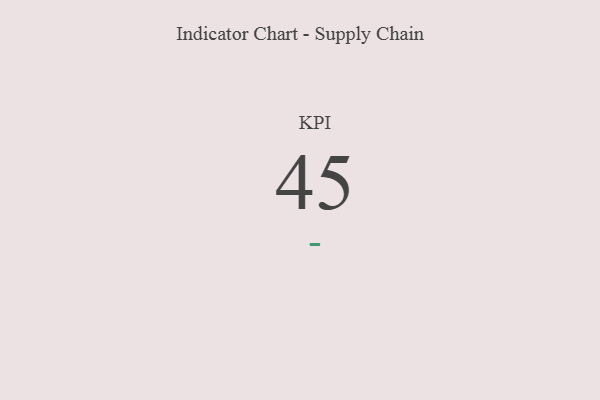
{"axis": {"x": "KPI", "y": "Value"}, "legend": [""], "data": [{"x": "KPI", "y": 45, "type": ""}]}